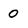
Character: 0